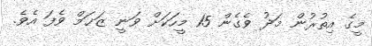
މީގެ އިތުރުން މަދު ވެގެން 15 މީހަކަށް ވަނީ ޒަޚަމް ވެފަ އެވެ.